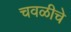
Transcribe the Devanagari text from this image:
चवळीचे